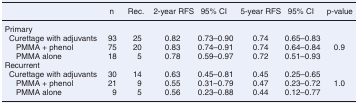
<table><thead><tr><td></td><td><b>n</b></td><td><b>Rec.</b></td><td><b>2-year RFS</b></td><td><b>95% CI</b></td><td><b>5-year RFS</b></td><td><b>95% CI</b></td><td><b>p-value</b></td></tr></thead><tbody><tr><td>Primary </td><td></td><td></td><td></td><td></td><td></td><td></td><td></td></tr><tr><td> Curettage with adjuvants</td><td>93</td><td>25</td><td>0.82</td><td>0.73–0.90</td><td>0.74</td><td>0.65–0.83</td><td></td></tr><tr><td>PMMA + phenol</td><td>75</td><td>20</td><td>0.83</td><td>0.74–0.91</td><td>0.74</td><td>0.64–0.84</td><td>0.9</td></tr><tr><td>PMMA alone</td><td>18</td><td>5</td><td>0.78</td><td>0.59–0.97</td><td>0.72</td><td>0.51–0.93</td><td></td></tr><tr><td>Recurrent </td><td></td><td></td><td></td><td></td><td></td><td></td><td></td></tr><tr><td> Curettage with adjuvants</td><td>30</td><td>14</td><td>0.63</td><td>0.45–0.81</td><td>0.45</td><td>0.25–0.65</td><td></td></tr><tr><td>PMMA + phenol</td><td>21</td><td>9</td><td>0.55</td><td>0.31–0.79</td><td>0.47</td><td>0.23–0.72</td><td>1.0</td></tr><tr><td>PMMA alone</td><td>9</td><td>5</td><td>0.56</td><td>0.23–0.88</td><td>0.44</td><td>0.12–0.77</td><td></td></tr></tbody></table>